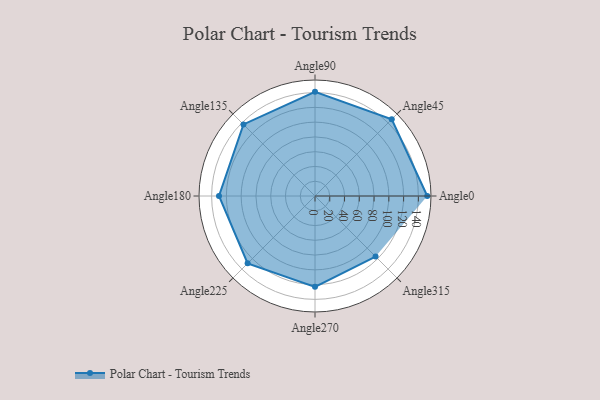
{"axis": {"x": "Angle", "y": "Radius"}, "legend": [""], "data": [{"x": "Angle0", "y": 152.0, "type": ""}, {"x": "Angle45", "y": 147.0, "type": ""}, {"x": "Angle90", "y": 141.0, "type": ""}, {"x": "Angle135", "y": 137.0, "type": ""}, {"x": "Angle180", "y": 130.0, "type": ""}, {"x": "Angle225", "y": 129.0, "type": ""}, {"x": "Angle270", "y": 123.0, "type": ""}, {"x": "Angle315", "y": 116.0, "type": ""}]}